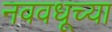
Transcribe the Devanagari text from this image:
नववधूच्या